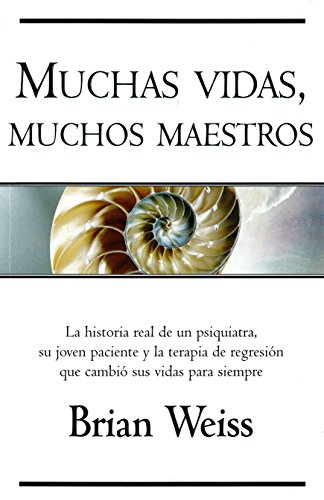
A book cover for Muchas vidas, muchos maestros (Spanish Edition); Brian Weiss; Religion & Spirituality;